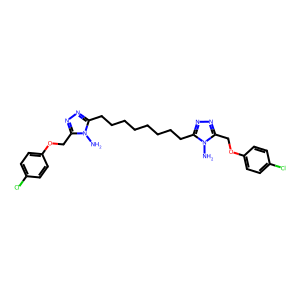
SMILES: Nn1c(CCCCCCCCc2nnc(COc3ccc(Cl)cc3)n2N)nnc1COc1ccc(Cl)cc1
Inhibits HIV replication: No